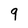
Character: 9